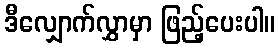
ဒီလျှောက်လွှာမှာ ဖြည့်ပေးပါ။